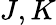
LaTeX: J,K